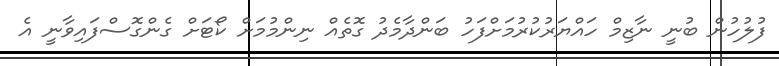
ފުލުހުން ބުނީ ނާޒިމް ހައްޔަރުކުރުމަށްފަހު ބަންދާމެދު ގޮތެއް ނިންމުމަށް ކޯޓަށް ގެންގޮސްފައިވާނީ އެ